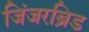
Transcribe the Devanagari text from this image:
जिंजरब्रिड